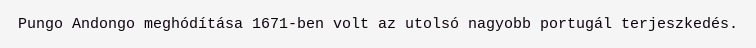
Pungo Andongo meghódítása 1671-ben volt az utolsó nagyobb portugál terjeszkedés.